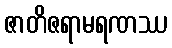
ဇာတိဇရာမရဏဿ